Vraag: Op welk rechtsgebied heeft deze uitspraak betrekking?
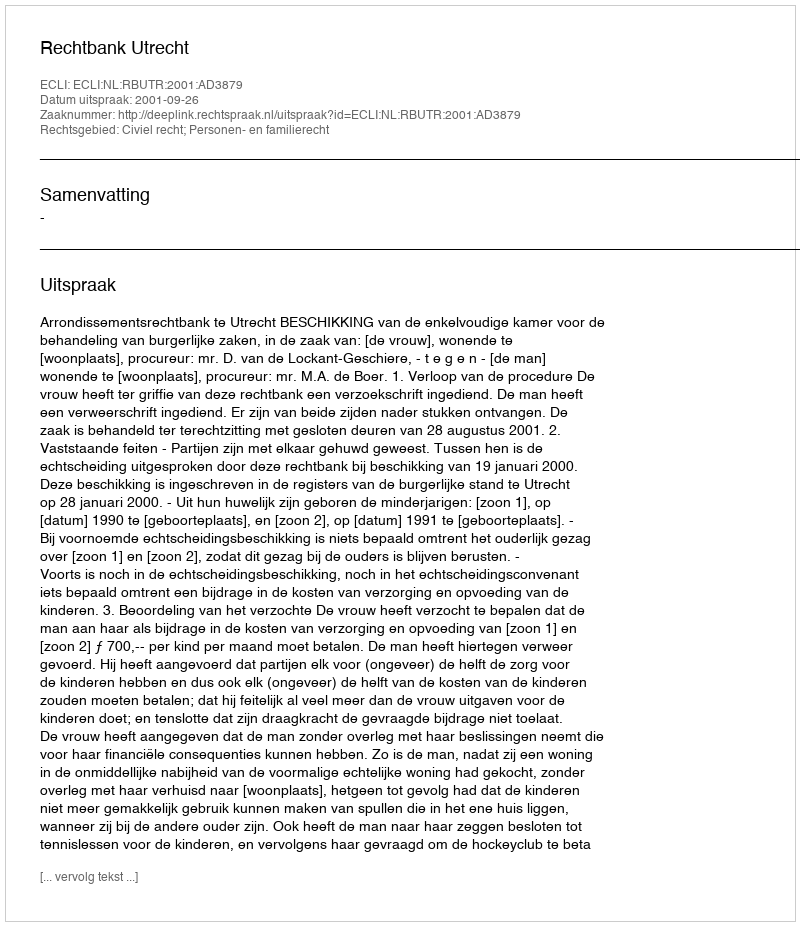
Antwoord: Civiel recht; Personen- en familierecht